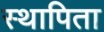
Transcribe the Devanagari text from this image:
स्थापिता